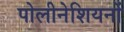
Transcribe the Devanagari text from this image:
पोलीनेशियनों